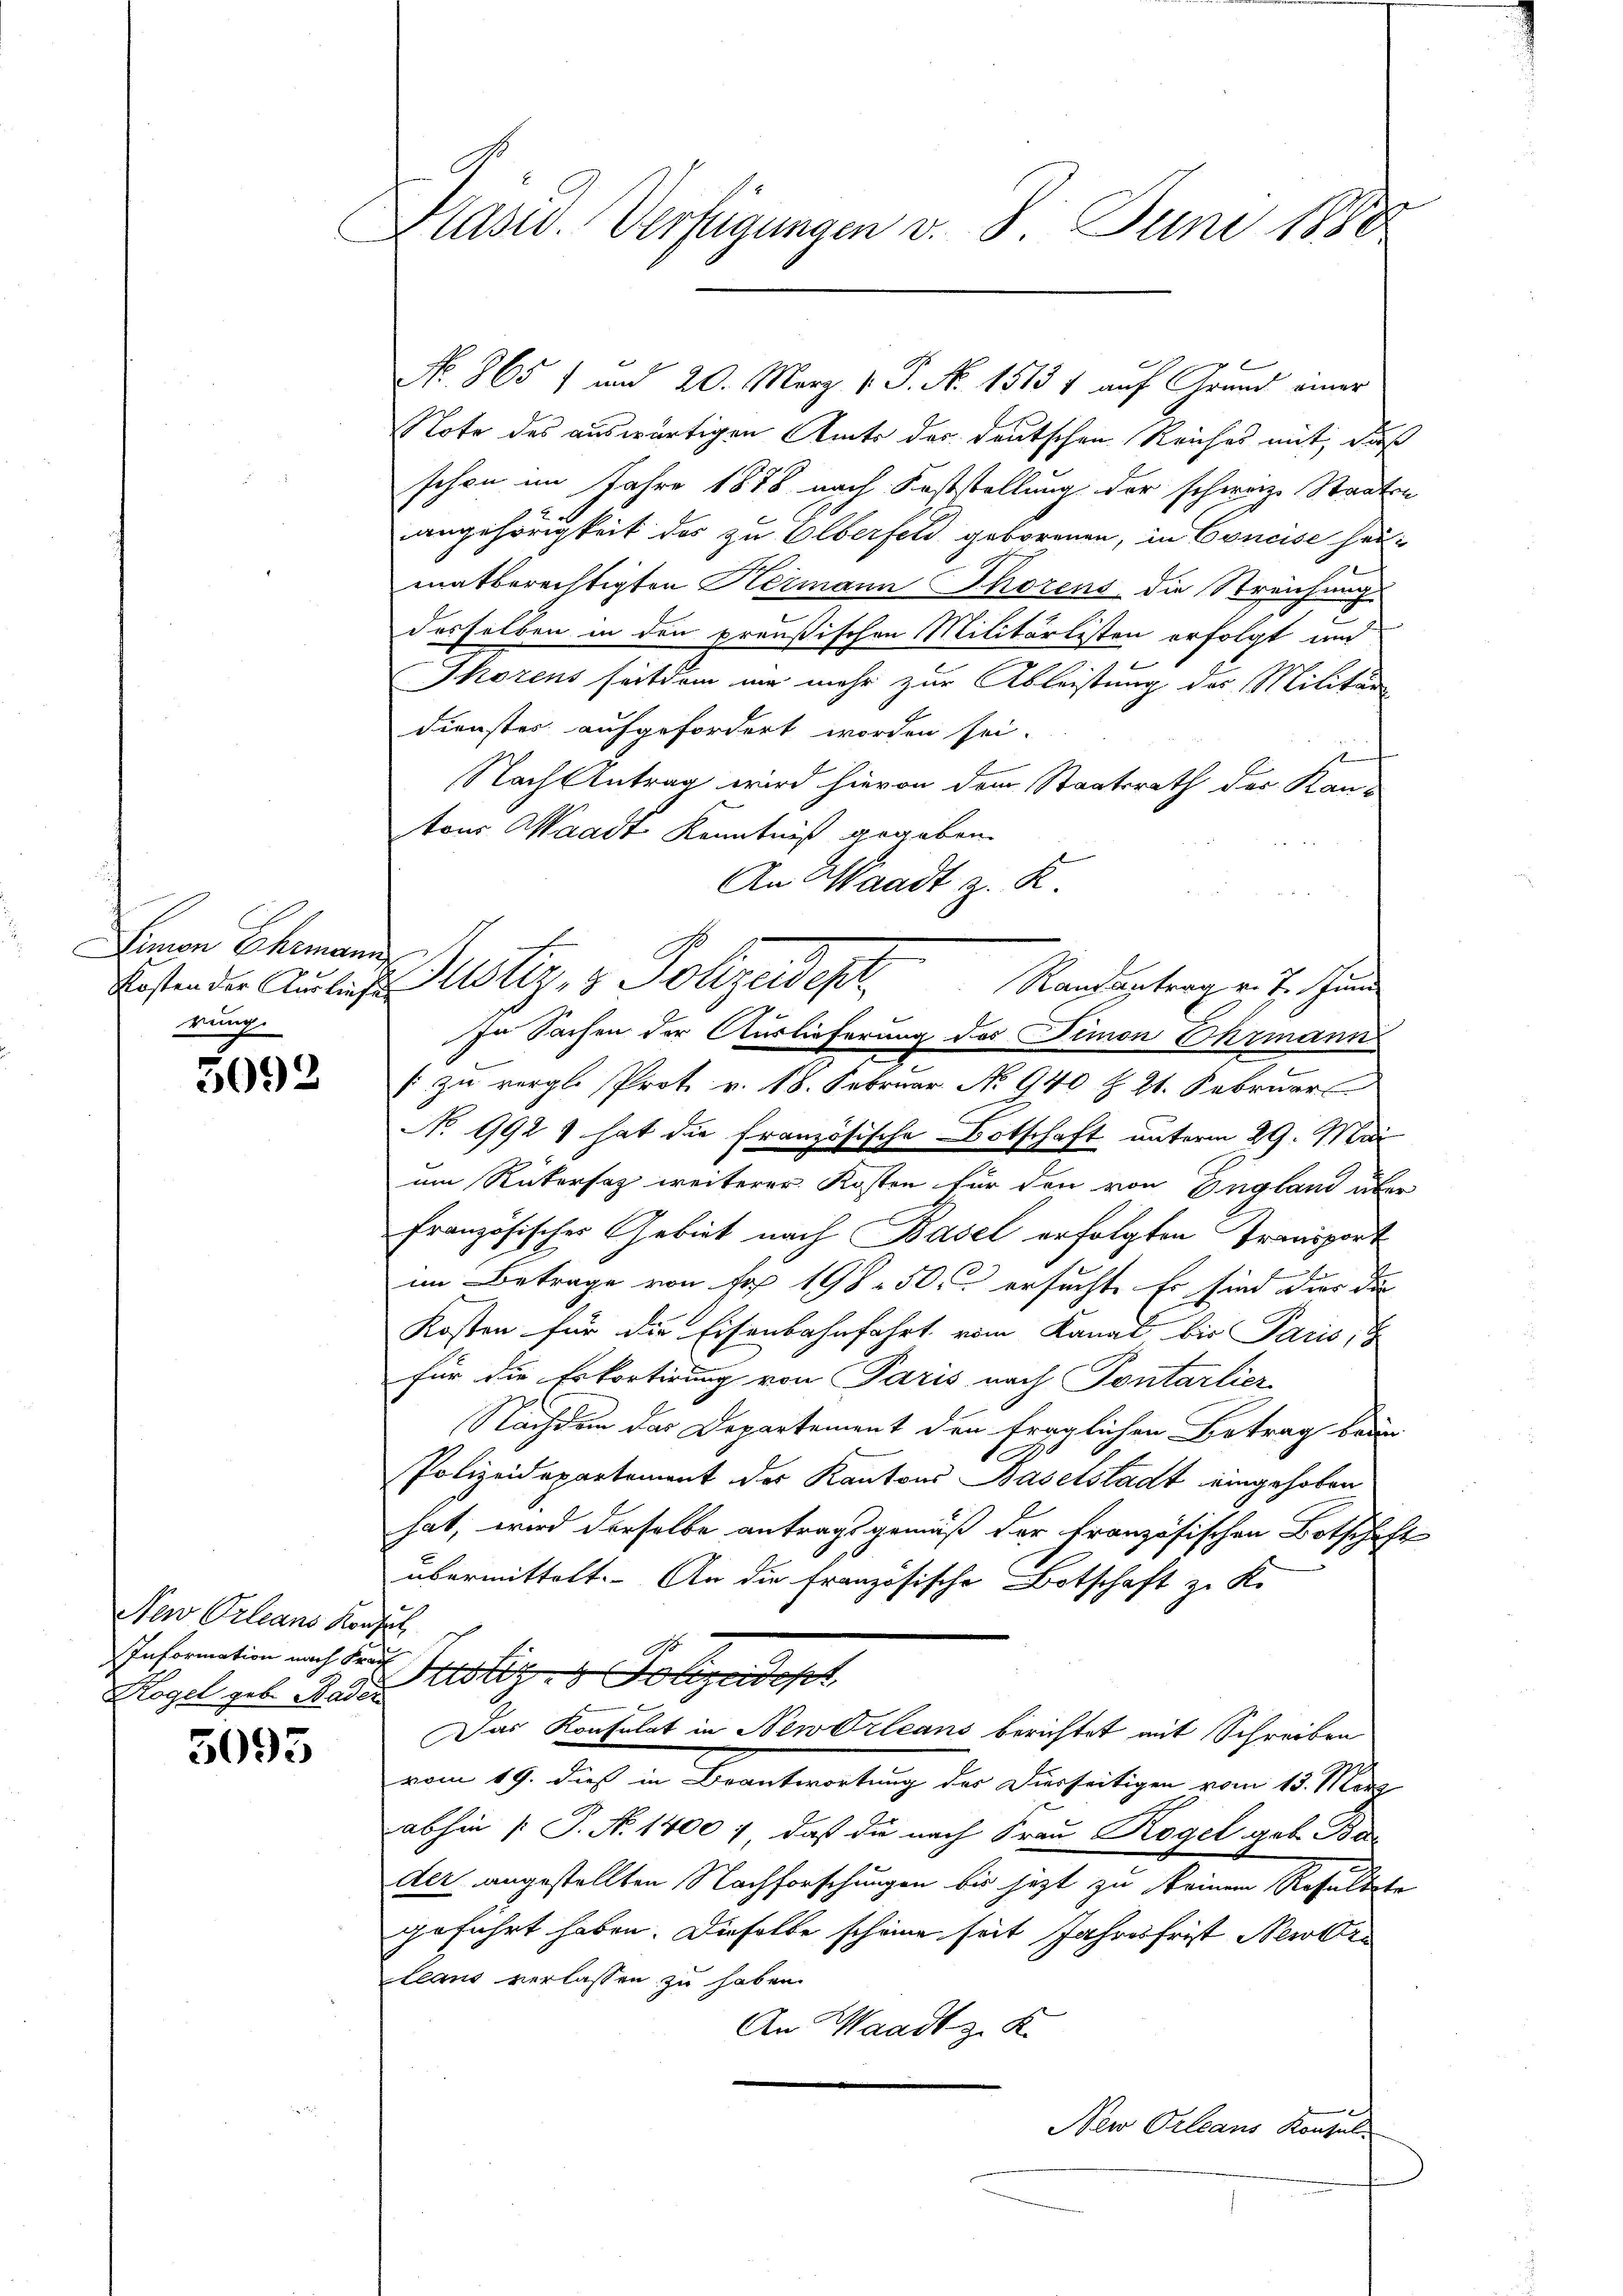
Linen Ehemann
rung.

5092

New Orleans Kon
Information nach Pro
Kogel geb. Bade

5093

Präsid. Verfügungen v. 8. Juni 1880

Note des auswärtigen Amts des deutschen Reiches mit, daß
schon im Jahre 1878 nach Feststellung der schwarze Staaten
angehörigkeit des zu Olberfeld geborenen, in Concise heimatberechtigten Hermann Thorens die Streichungs
desselben in den preußischen Militärlisten erfolgt und
Thorens seitdem mir mehr zur Ableistung des Militär
Dienster aufgefordert worden sei.
s
Nach Antrag wird hievon dem Staatsrath der Kantous Waadt Kenntniß gegeben.
An Waadt z. R.
In Sachen der Auslieferung des Simon Ohrmann
.
[zu vergl. Prot v. 18. Februar. No. 940 § 21. Februar
No 992 1 hat die französische Botschaft unterm 29. Mai
um Rükersaz weiterer Kosten für den von England über
Französischer Gebiet nach Basel erfolgten Transport
im Betrage von sr 198. 50. ersucht. Es sind dies die
Kosten für die Eisenbahnfahrt vom Kanat bis Paris, t
für die Erkortigung von Paris nach Pontarlier
Nachdem das Departement den fraglichen Betrag brau
1
Polizeidepartement des Kantons Baselstadt eingehoben
hat, wird derselbe antragsgemäß der französischen Botschaft
übermittelt. An die Französische Botschaft zu Kr
hu
A
Justige Folgende
7
Das Konsulat in NewOrleans berichtet mit Schreiben
vom 19. dieß in Beantwortung des Diesseitigen vom 13. März
abhin [P. N. 1400 : daß die nach Frau Kogel geb. Ba
der angestellten Nachforschungen bis jetzt zu keinem Resultate
geführt haben. Dieselbe scheine seit Jahresfrist Neubru
leaus verlassen zu haben.
An Waadt z. K.
New Orleans Konsul

No. 865 f und 20. März v. P. No. 1513 1 auf Grund einer

kosten der Ausich Justiz & Polizeides Randertrag v. J. Her